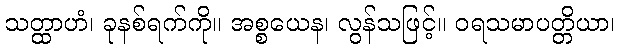
သတ္ထာဟံ၊ ခုနစ်ရက်ကို။ အစ္စယေန၊ လွန်သဖြင့်။ ဝရသမာပတ္တိယာ၊